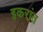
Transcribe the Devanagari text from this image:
इकरांत